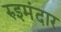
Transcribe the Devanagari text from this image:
रुइमंदार